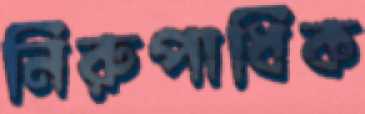
নিরুপাধিক